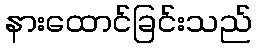
နားထောင်ခြင်းသည်